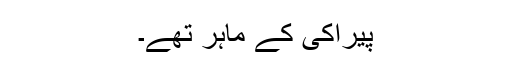
پیراکی کے ماہر تھے۔